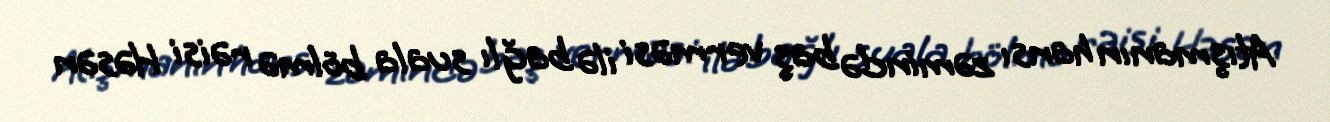
Atışmanın hansı zəmində baş verməsi ilə bağlı suala bölmə rəisi Həsən